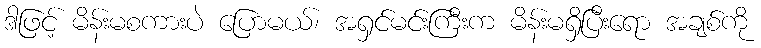
ဒါဖြင့် မိန်းမစကားပဲ ပြောမယ်၊ အရှင်မင်းကြီးက မိန်းမရှိပြီးရော အချစ်ကို